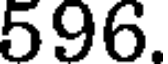
596.